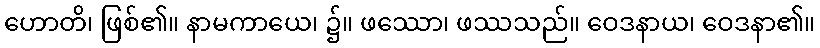
ဟောတိ၊ ဖြစ်၏။ နာမကာယေ၊ ၌။ ဖဿော၊ ဖဿသည်။ ဝေဒနာယ၊ ဝေဒနာ၏။